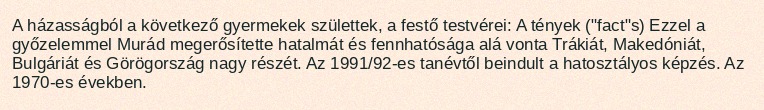
A házasságból a következő gyermekek születtek, a festő testvérei: A tények ("fact"s) Ezzel a győzelemmel Murád megerősítette hatalmát és fennhatósága alá vonta Trákiát, Makedóniát, Bulgáriát és Görögország nagy részét. Az 1991/92-es tanévtől beindult a hatosztályos képzés. Az 1970-es években.